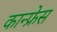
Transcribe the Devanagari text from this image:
कान्फ्रेस